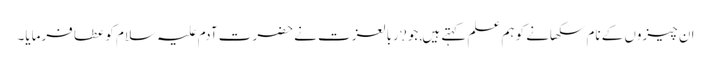
ان چیزوں کے نام سکھانے کو ہم علم کہتے ہیں,جو ?ربالعزت نے حضرت آدم علیہ سلام کو عطا فرمایا۔